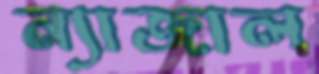
ন্যাজাল